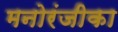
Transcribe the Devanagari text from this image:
मनोरंजीका